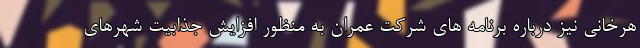
هرخانی نیز درباره برنامه های شرکت عمران به منظور افزایش جذابیت شهرهای